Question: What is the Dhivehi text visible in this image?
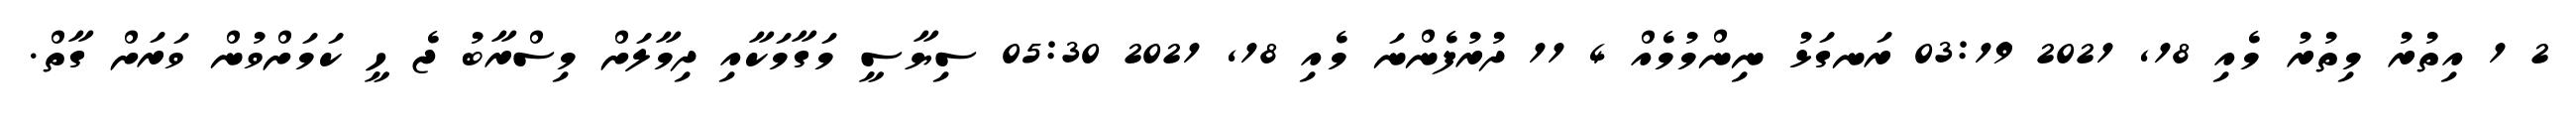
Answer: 2 1 އިތުރު މިތުރު މެއި 18, 2021 03:19 ރަނގަޅު ނިންމުމެއް 4 11 ދުރުފެންނަ މެއި 18, 2021 05:30 ސިޔާސީ މަގާމަކާއި ދިމާލަށް މިސްރާބު ޖެ ހީ ކަމަށްވުން ވަރަށް ގާތް.